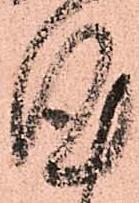
謹